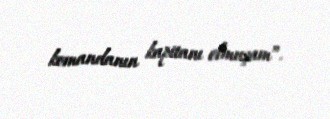
komandanın kapitanı olmuşam”.